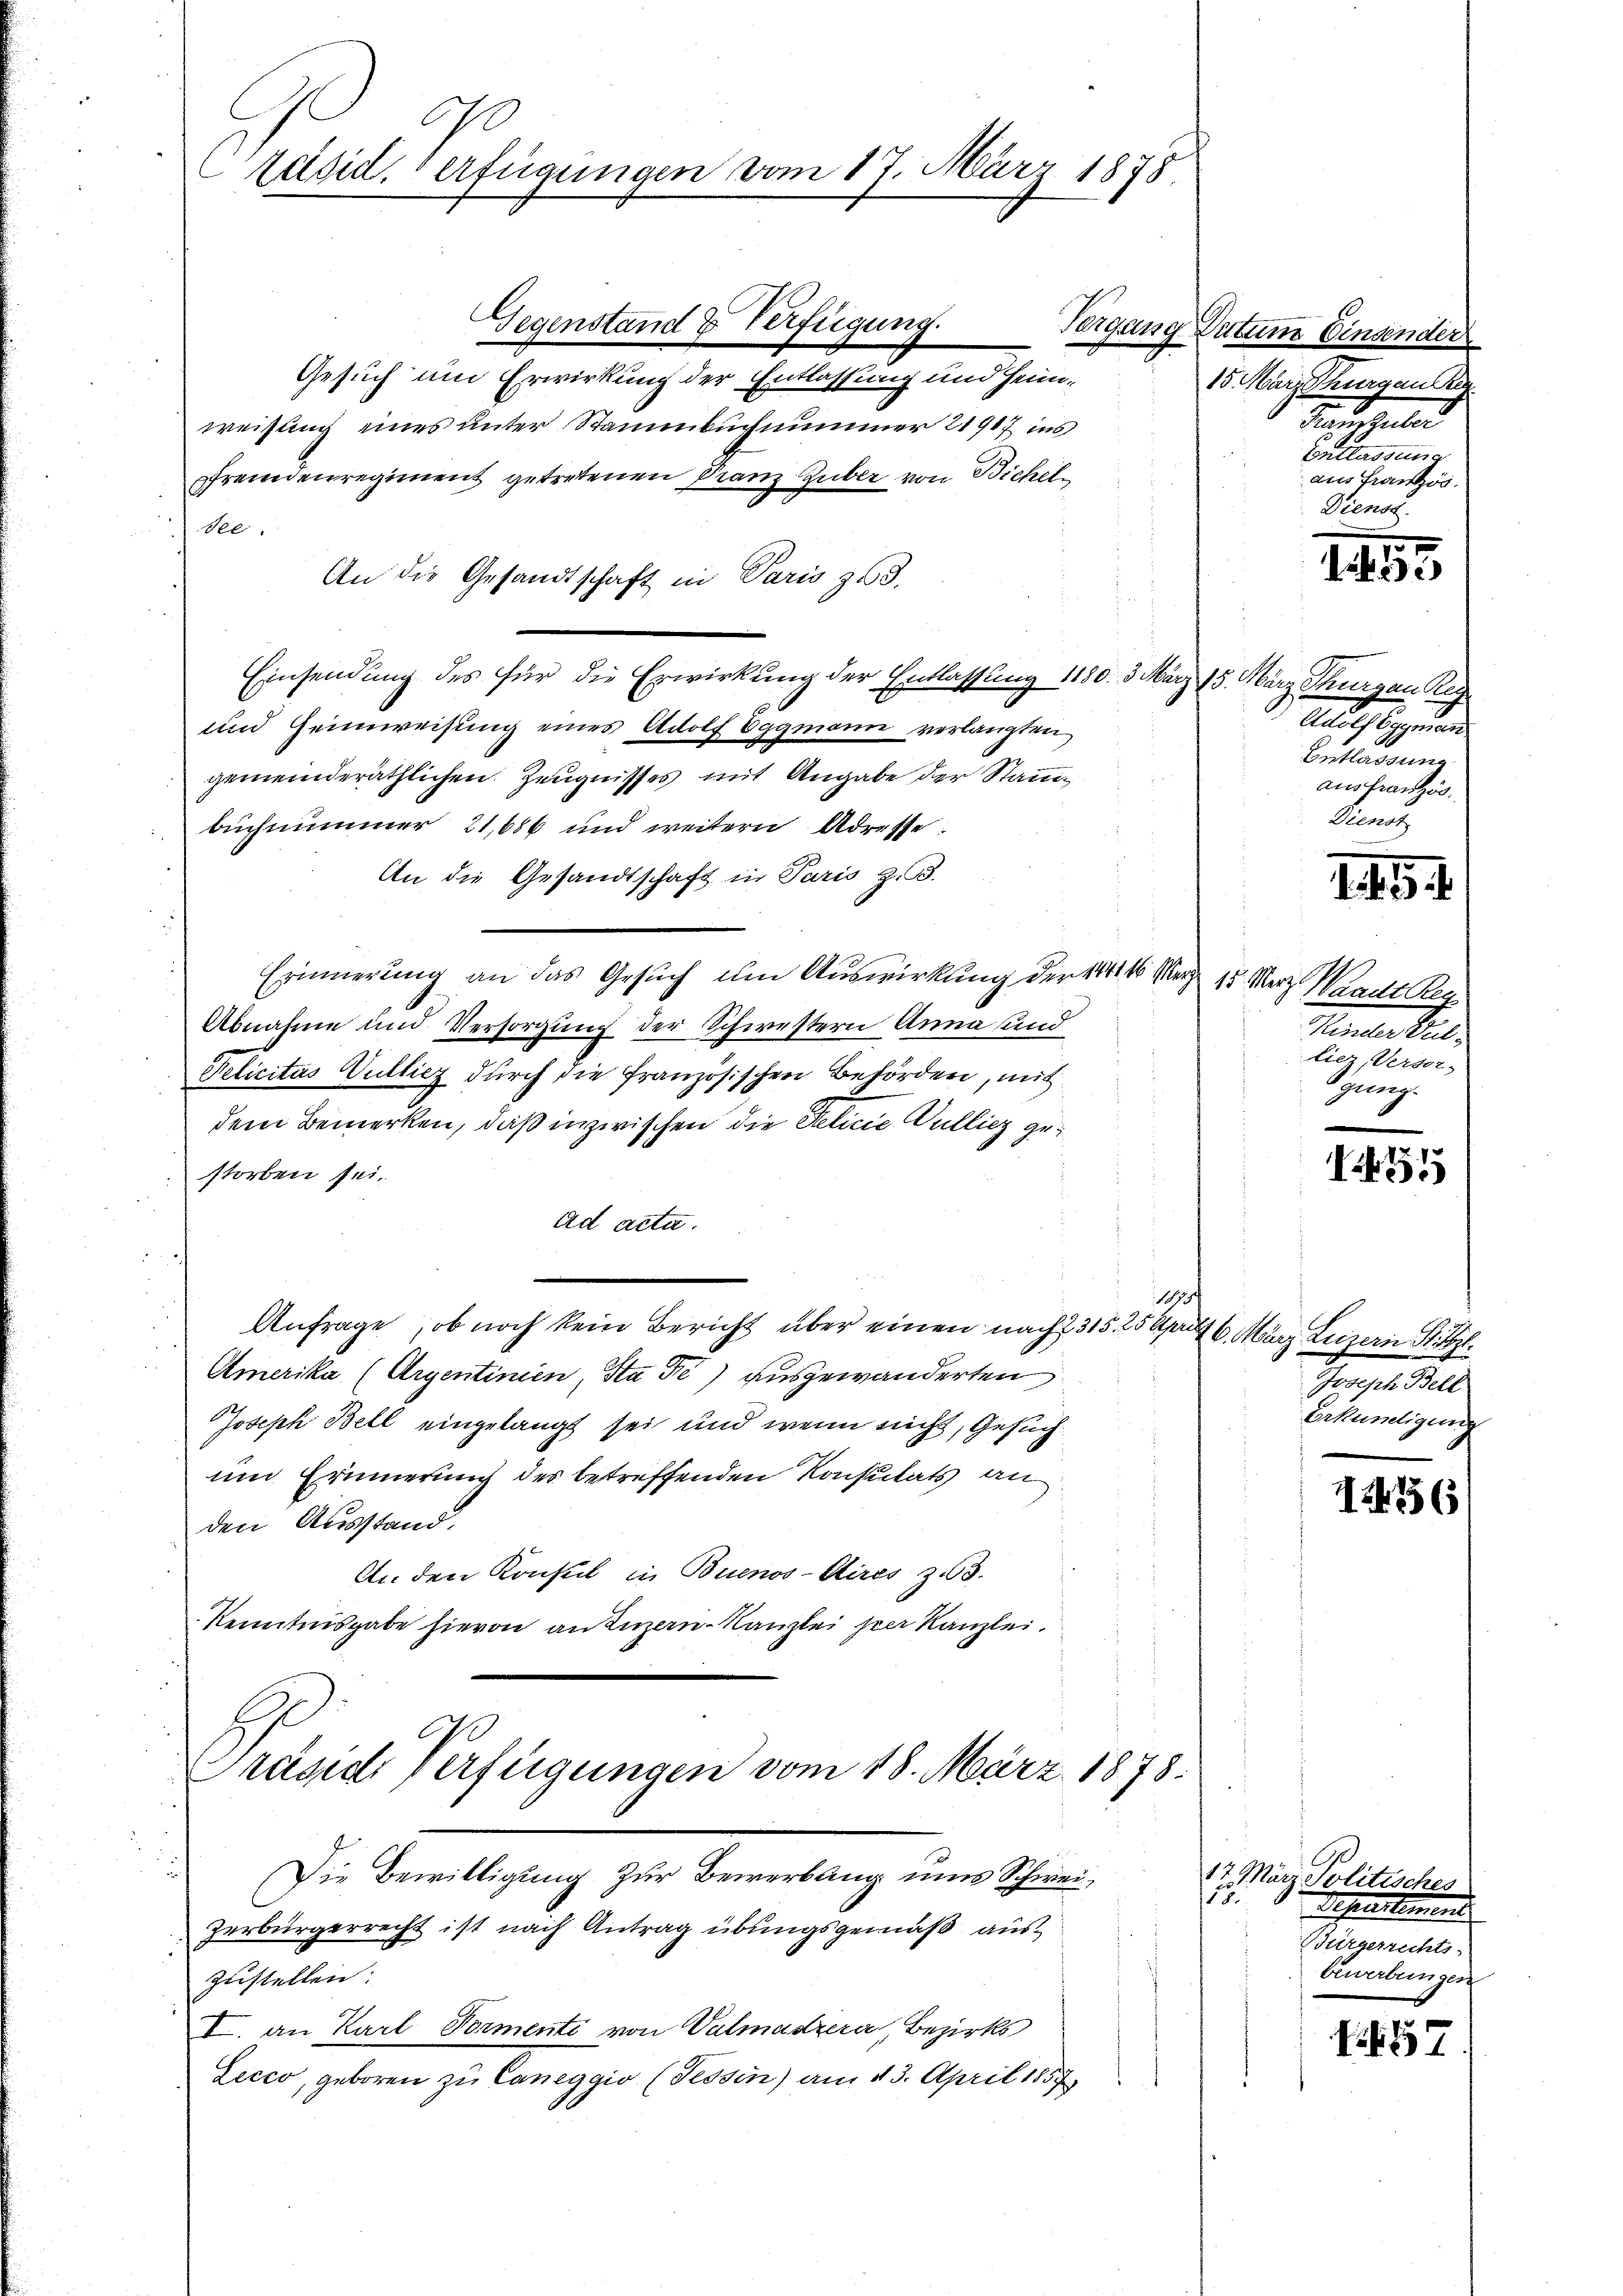
A
Zäsid, verfügungen vom 17. März 1878

Gesuch und Erwirkung der Entlassung und Heimweisung eines unter Stammbuchnummer 21917 ins
sfremdenregiment getretenen Franz Guber von Bichelsee.
An die Gesandtschaft in Paris zu.
Einsendung des für die Erwirkung der Entlassung 1180. 3 März 15. März Thurgau Reg
und Heimweisung eines Adolf Eggmann verlangten
gemeinderäthlichen Zeugnisses mit Angabe der Stanbuchnimmer 21686 und weitern Adresse:
An die Gesandtschaft in Paris z. B.
Erinnerung an das Gesuch um Auswirkung der 1841 16 März 15. März Waadt Reg
Abnahme und Versorgung der Schwestern Anna und
Pelicitas Vulliez durch die französischen Behörden, mit
dem Bemerken, daß inzwischen die Feličić Vullicz gestorben sei.
ad acta.
183 f
Anfrage, ob noch kein Bericht über einen nach § 315. 25 pr 6. März Luzern St.
Amerika (Argentinien, Sta Fe) ausgewanderten
Joseph Bell eingelangt sei und wenn nicht, Gesuchun Erinnerung der betreffenden Konsulats an
den Ausstand.
An den Konsul in Buenos-Aires zu 3.
Kenntnisgabe hievon an Luzern Kanzlei per Kanzlei.

Gegenstand & Verfügung.

o
Präside Verfügungen vom 18. März 1878.
Die Bewilligung zur Bewerbung uns Schwei¬

zerbürgerrecht ist nach Antrag übungsgemäß auszustellen:
I. an Karl Formenti von Valmaszera, Bezirks
Licco, geboren zu Caneggio (Tessin, am 23. April 1887

Tergang Datum Einsender
15. März vorgen Reg
Hanzzuber
Entlassung
aus Französ.
Dienst

1
e

Adolf Eggmann
Entlassung
aus französ.
Kanz

1. d. 154.

Kinder Pulliez, Versor-
Gez.

435

Joseph Bell
Erkundigung

12156

A
17 März Politisches
15
Sehen und
Würgerrechts-
Erwerbungen

Frk. 57